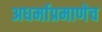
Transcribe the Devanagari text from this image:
अधर्माप्रमाणेच